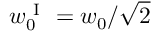
w _ { 0 } ^ { \mathrm { ~ I ~ } } = w _ { 0 } / \sqrt { 2 }